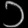
Digit: ၁